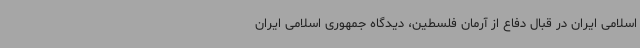
اسلامی ایران در قبال دفاع از آرمان فلسطین، دیدگاه جمهوری اسلامی ایران